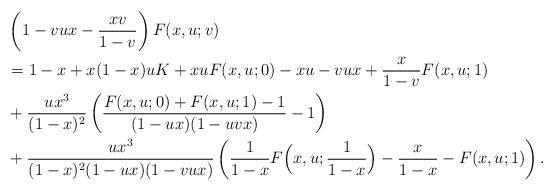
LaTeX: \begin{align*}&\left(1-vux-\frac{xv}{1-v}\right)F(x,u;v)\\&=1-x+x(1-x)uK+xuF(x,u;0)-xu-vux+\frac{x}{1-v}F(x,u;1)\\&+\frac{ux^3}{(1-x)^2}\left(\frac{F(x,u;0)+F(x,u;1)-1}{(1-ux)(1-uvx)}-1\right)\\&+\frac{ux^3}{(1-x)^2(1-ux)(1-vux)}\left(\frac{1}{1-x}F\Big(x,u;\frac{1}{1-x}\Big)-\frac{x}{1-x}-F(x,u;1)\right).\end{align*}